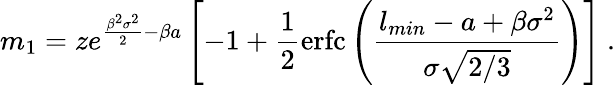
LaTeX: m_{1}=ze^{\frac{\beta^{2}\sigma^{2}}{2}-\beta a}\left[-1+\frac{1}{2}\mathrm{erfc}\left(\frac{l_{min}-a+\beta\sigma^{2}}{\sigma\sqrt{2/3}}\right)\right]\ .